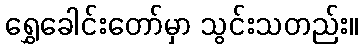
ရွှေခေါင်းတော်မှာ သွင်းသတည်း။